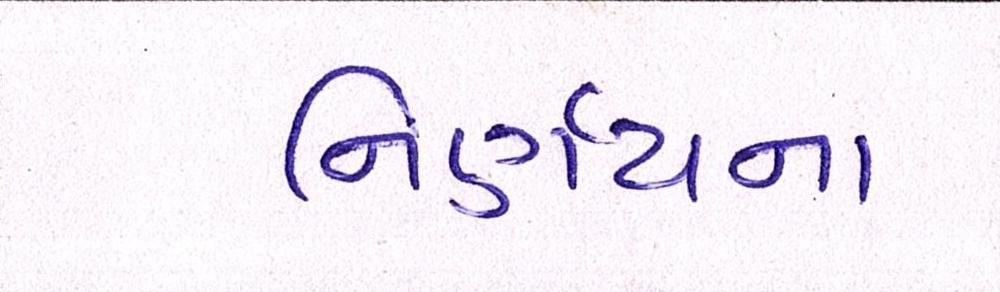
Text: નિર્ણયના